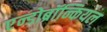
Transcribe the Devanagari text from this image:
एन्डोब्रॉन्कियल